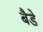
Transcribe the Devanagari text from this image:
बैडे